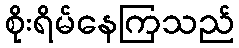
စိုးရိမ်နေကြသည်